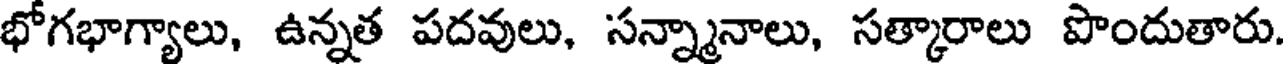
భోగభాగ్యాలు, ఉన్నత పదవులు, సన్న్మానాలు, సత్కారాలు పొందుతారు.